Report on horse surra - Volume I
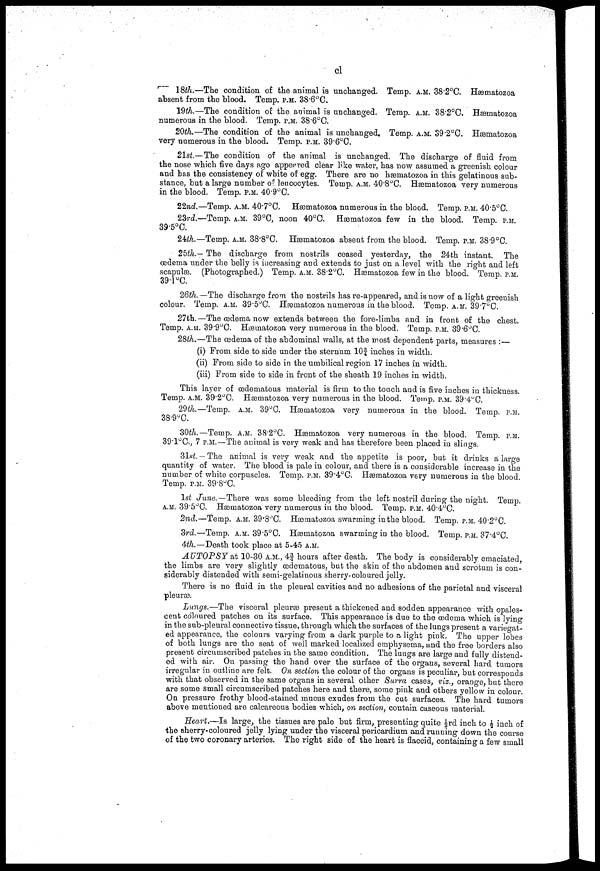
cl
18th.—The condition of the animal is unchanged. Temp. A.M. 38.2°C. Hæmatozoa
absent from the blood. Temp. P.M. 38.6°C.
19th.—The condition of the animal is unchanged. Temp. A.M. 38.2°C. Hæmatozoa
numerous in the blood. Temp. P.M. 38.6°C.
20th.—The condition of the animal is unchanged. Temp. A.M. 39.2°C. Hæmatozoa
very numerous in the blood. Temp. P.M. 39.6°C.
21st—The condition of the animal is unchanged. The discharge of fluid from
the nose which five days ago appeared clear like water, has now assumed a greenish colour
and has the consistency of white of egg. There are no hæmatozoa in this gelatinous sub-
stance, but a large number of leucocytes. Temp. A.M. 40.8°C. Hæmatozoa very numerous
in the blood. Temp. P.M. 40.9°C.
22nd.—Temp. A.M. 40.7°C. Hæmatozoa numerous in the blood. Temp. P.M. 40.5°C.
23rd.—Temp. A.M. 39°C, noon 40°C. Hæmatozoa few in the blood. Temp. P.M.
39.5°C.
24th.—Temp. A.M. 38.8°C. Hæmatozoa absent from the blood. Temp. P.M. 38.9°C.
25th.— The discharge from nostrils ceased yesterday, the 24th instant. The
oedema under the belly is increasing and extends to just on a level with the right and left
scapulae. (Photographed.) Temp. A.M. 38.2°C. Hæmatozoa few in the blood. Temp. P.M.
39.1 °C.
26th.—The dischairge from the nostrils has re-appeared, and is now of a light greenish
colour. Temp. A.M. 39.5°C. Hæmatozoa numerous in the blood. Temp. A.M. 39.7ºC.
27th.—The œdema now extends between the fore-limbs and in front of the chest.
Temp. A.M. 39.9°C. Hæmatozoa very numerous in the blood. Temp. P.M. 39.6°C.
28th.—The œdema of the abdominal walls, at the most dependent parts, measures :—
(i) From side to side under the sternum l0 3/4 inches in width..
(ii) From side to side in the umbilical region 17 inches in width.
(iii) From side to side in front of the sheath 19 inches in width.
This layer of œdematous material is firm to the touch and is five inches in thickness.
Temp. A.M. 39.2oC. Hæmatozoa very numerous in the blood. Temp. P.M. 39.4ºC.
29th.—Temp. A.M. 39°C. Hæmatozoa very numerous in the blood. Temp. P.M.
38.9°C.
30th.— Temp. A.M. 38.2°C. Hæmatozoa very numerous in the blood. Temp. P.M.
39.1°C., 7 P.M.—The animal is very weak and has therefore been placed in slings.
31st. — The animal is very weak and the appetite is poor, but it drinks a large
quantity of water. The blood is pale in colour, and there is a considerable increase in the
number of white corpuscles. Temp. P.M. 39.4ºC. Hæmatozoa very numerous in the blood.
Temp. P.M. 39.8°C.
1st June.— There was some bleeding from the left nostril during the night. Temp.
A.M. 39.5°C. Hæmatozoa very numerous in the blood. Temp. P.M. 40.4°C.
2nd.—Temp. A.M. 39.8°C. Hæmatozoa swarming in the blood. Temp. P.M. 40.2°C.
3rd.—Temp. A.M. 39.5°C. Hæmatozoa swarming in the blood. Temp. P.M. 37.4°C.
4th.—Death took place at 5-45 A.M.
AUTOPSY at 10-30 A.M., 4 3/4 hours after death. The body is considerably emaciated,
the limbs are very slightly œdematous, but the skin of the abdomen and scrotum is con-
siderably distended with semi-gelatinous sherry-coloured jelly.
There is no fluid in the pleural cavities and no adhesions of the parietal and visceral
pleurae.
Lungs.—The visceral pleurae present a thickened and sodden appearance with opales-
cent coloured patches on its surface. This appearance is due to the oedema which is lying
in the sub-pleural connective tissue, through which the surfaces of the lungs present a variegat-
ed appearance, the colours varying from a dark purple to a light pink. The upper lobes
of both lungs are the seat of well marked localized emphysema, and the free borders also
present circumscribed patches in the same condition. The lungs are large and fully distend-
ed with air. On passing the hand over the surface of the organs, several hard tumors
irregular in outline are felt. On section the colour of the organs is peculiar, but corresponds
with that observed in the same organs in several other Surra cases, viz., orange, but there
are some small circumscribed patches here and there, some pink and others yellow in colour.
On pressure frothy blood-stained mucus exudes from the cub surfaces. The hard tumors
above mentioned are calcareous bodies which, on section, contain caseous material.
Heart.—Is large, the tissues are pale but firm, presenting quite 1/3rd inch to ½ inch of
the sherry-coloured jelly lying under the visceral pericardium and running down the course
of the two coronary arteries. The right side of the heart is flaccid, containing a few small